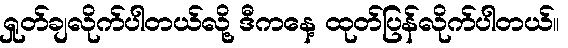
ရှုတ်ချလိုက်ပါတယ်လို့ ဒီကနေ့ ထုတ်ပြန်လိုက်ပါတယ်။